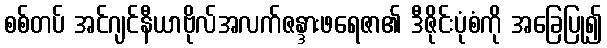
စစ်တပ် အင်ဂျင်နီယာဗိုလ်အလက်ဇန္ဒားဖရေဇာ၏ ဒီဇိုင်းပုံစံကို အခြေပြု၍